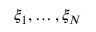
\xi _ { 1 } , \allowbreak \dots , \allowbreak \xi _ { N }